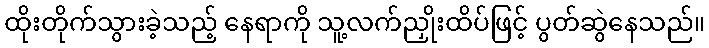
ထိုးတိုက်သွားခဲ့သည့် နေရာကို သူ့လက်ညှိုးထိပ်ဖြင့် ပွတ်ဆွဲနေသည်။